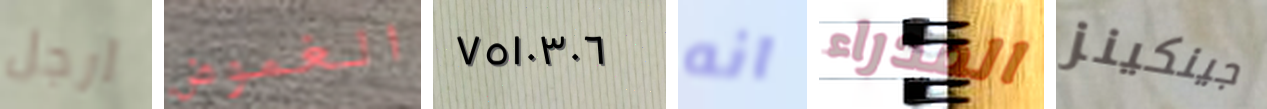
ارجل الغموض ٧٥١٠٣٠٦ انه المدراء جينكينز